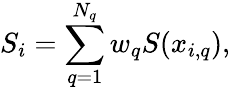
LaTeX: S_{i}=\sum_{q=1}^{N_{q}}w_{q}S(x_{i,q}),